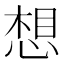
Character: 想